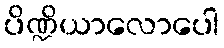
ပိဏ္ဍိယာလောပေါ